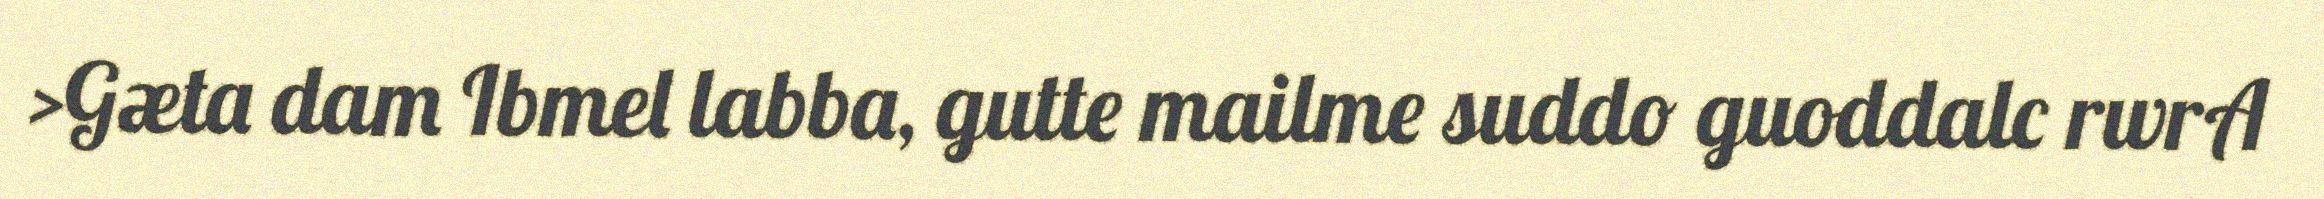
>Gæta dam Ibmel labba, gutte mailme suddo guoddalc rwrA